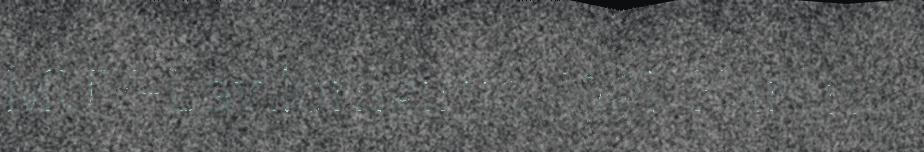
MUV-Lávllomgirjje, 1991. Karen